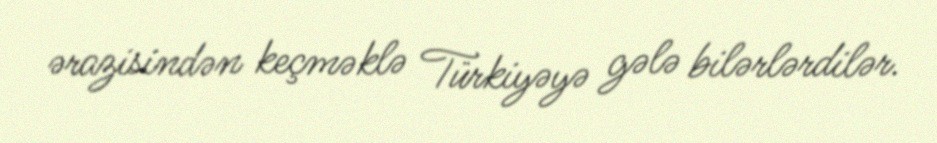
ərazisindən keçməklə Türkiyəyə gələ bilərlərdilər.